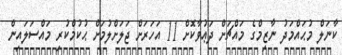
ކާނަލް މުޙައްމަދު ނާޒިމްގެ މައްޗަށް ދަޢުވާކޮށް 11 އަހަރަށް ޖަލަށްލުމަށް ޙުކުމްކުރި މައްސަލައިން